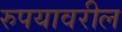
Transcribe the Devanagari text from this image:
रुपयावरील